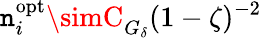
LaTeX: \mathtt{n}_{i}^{\mathrm{{opt}}}\simC_{G_{\delta}}(1-\zeta)^{-2}